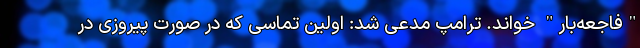
"فاجعه‌بار" خواند. ترامپ مدعی شد: اولین تماسی که در صورت پیروزی در